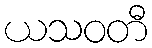
ယသဝတီ